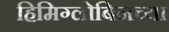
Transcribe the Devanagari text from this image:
हिमिग्लोबिनच्या